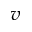
^ { v }